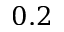
0 . 2